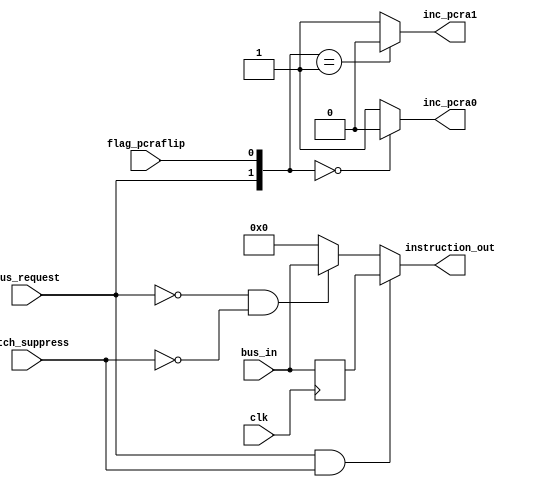
module pipeline_stage0 #(
    parameter WIDTH = 8
) (
    input clk,
    input bus_request, fetch_suppress,

    input flag_pcraflip,

    input [WIDTH-1:0] bus_in,

    output [WIDTH-1:0] instruction_out,
    
    output inc_pcra0, inc_pcra1
);
    reg [WIDTH-1:0] prev_instruction;

    always @(negedge clk) begin
        prev_instruction <= bus_in;
    end

    // need to explain this in comments
    assign instruction_out =
        (bus_request == 1 && fetch_suppress == 1) ? prev_instruction
        : (bus_request == 0 && fetch_suppress == 0) ? bus_in
        : 0;

    // need to explain this in comments
    wire [1:0] pcra_inc_select = {bus_request, flag_pcraflip};
    assign inc_pcra0 = pcra_inc_select == 2'h0 ? 0 : 1;
    assign inc_pcra1 = pcra_inc_select == 2'h1 ? 0 : 1;

endmodule